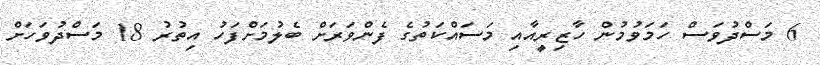
6 މަސްދުވަސް ހަމަވުމުން ހާޒިރީއާއި މަސައްކަތުގެ ފެންވަރަށް ބެލުމަށްފަހު އިތުރު 18 މަސްދުވަހަށް